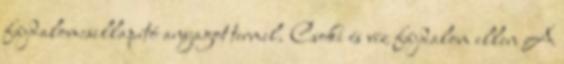
fájdalomcsillapító anyagot termel. Csoki és víz fájdalom ellen A